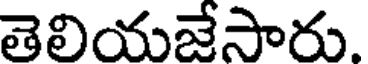
తెలియజేసారు.